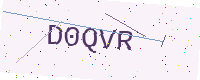
Text: D0QVR